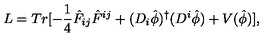
L = T r [ - \frac { 1 } { 4 } { \hat { F } } _ { i j } { \hat { F } } ^ { i j } + ( D _ { i } { \hat { \phi } } ) ^ { \dagger } ( D ^ { i } { \hat { \phi } } ) + V ( \hat { \phi } ) ] ,